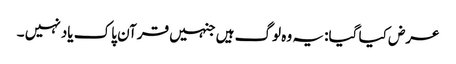
عرض کیا گیا: یہ وہ لوگ ہیں جنہیں قرآن پاک یاد نہیں ۔